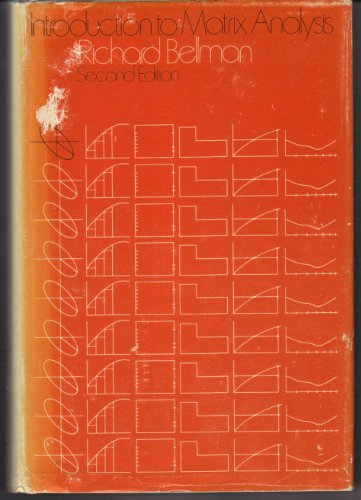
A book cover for Introduction to Matrix Analysis; Richard Bellman; Science & Math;